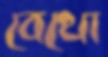
বেথো